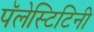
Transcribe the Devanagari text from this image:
पॅलेस्टिटिनी